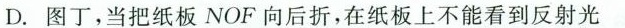
D.图丁，当把纸板NOF向后折，在纸板上不能看到反射光